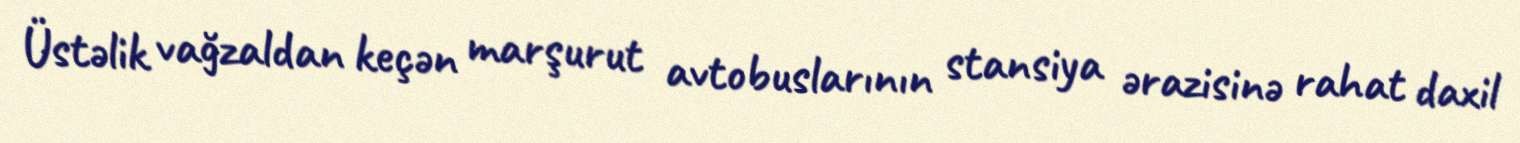
Üstəlik vağzaldan keçən marşurut avtobuslarının stansiya ərazisinə rahat daxil